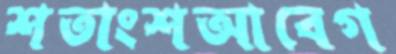
শতাংশআবেগ